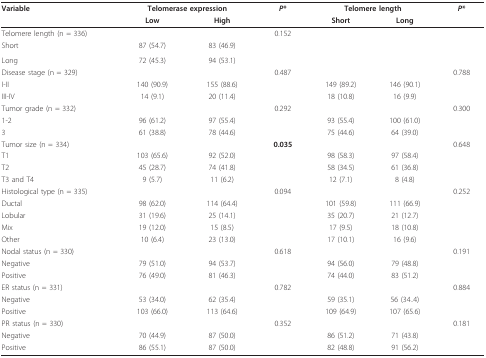
<table><thead><tr><td><b>Variable</b></td><td colspan="2"><b>Telomerase expression</b></td><td><b><i>P</i>*</b></td><td colspan="2"><b>Telomere length</b></td><td><b><i>P</i>*</b></td></tr><tr><td></td><td><b>Low</b></td><td><b>High</b></td><td></td><td><b>Short</b></td><td><b>Long</b></td><td></td></tr></thead><tbody><tr><td>Telomere length (n = 336)</td><td></td><td></td><td>0.152</td><td></td><td></td><td></td></tr><tr><td>Short</td><td>87 (54.7)</td><td>83 (46.9)</td><td></td><td></td><td></td><td></td></tr><tr><td>Long</td><td>72 (45.3)</td><td>94 (53.1)</td><td></td><td></td><td></td><td></td></tr><tr><td>Disease stage (n = 329)</td><td></td><td></td><td>0.487</td><td></td><td></td><td>0.788</td></tr><tr><td>I-II</td><td>140 (90.9)</td><td>155 (88.6)</td><td></td><td>149 (89.2)</td><td>146 (90.1)</td><td></td></tr><tr><td>III-IV</td><td>14 (9.1)</td><td>20 (11.4)</td><td></td><td>18 (10.8)</td><td>16 (9.9)</td><td></td></tr><tr><td>Tumor grade (n = 332)</td><td></td><td></td><td>0.292</td><td></td><td></td><td>0.300</td></tr><tr><td>1-2</td><td>96 (61.2)</td><td>97 (55.4)</td><td></td><td>93 (55.4)</td><td>100 (61.0)</td><td></td></tr><tr><td>3</td><td>61 (38.8)</td><td>78 (44.6)</td><td></td><td>75 (44.6)</td><td>64 (39.0)</td><td></td></tr><tr><td>Tumor size (n = 334)</td><td></td><td></td><td><b>0.035</b></td><td></td><td></td><td>0.648</td></tr><tr><td>T1</td><td>103 (65.6)</td><td>92 (52.0)</td><td></td><td>98 (58.3)</td><td>97 (58.4)</td><td></td></tr><tr><td>T2</td><td>45 (28.7)</td><td>74 (41.8)</td><td></td><td>58 (34.5)</td><td>61 (36.8)</td><td></td></tr><tr><td>T3 and T4</td><td>9 (5.7)</td><td>11 (6.2)</td><td></td><td>12 (7.1)</td><td>8 (4.8)</td><td></td></tr><tr><td>Histological type (n = 335)</td><td></td><td></td><td>0.094</td><td></td><td></td><td>0.252</td></tr><tr><td>Ductal</td><td>98 (62.0)</td><td>114 (64.4)</td><td></td><td>101 (59.8)</td><td>111 (66.9)</td><td></td></tr><tr><td>Lobular</td><td>31 (19.6)</td><td>25 (14.1)</td><td></td><td>35 (20.7)</td><td>21 (12.7)</td><td></td></tr><tr><td>Mix</td><td>19 (12.0)</td><td>15 (8.5)</td><td></td><td>17 (9.5)</td><td>18 (10.8)</td><td></td></tr><tr><td>Other</td><td>10 (6.4)</td><td>23 (13.0)</td><td></td><td>17 (10.1)</td><td>16 (9.6)</td><td></td></tr><tr><td>Nodal status (n = 330)</td><td></td><td></td><td>0.618</td><td></td><td></td><td>0.191</td></tr><tr><td>Negative</td><td>79 (51.0)</td><td>94 (53.7)</td><td></td><td>94 (56.0)</td><td>79 (48.8)</td><td></td></tr><tr><td>Positive</td><td>76 (49.0)</td><td>81 (46.3)</td><td></td><td>74 (44.0)</td><td>83 (51.2)</td><td></td></tr><tr><td>ER status (n = 331)</td><td></td><td></td><td>0.782</td><td></td><td></td><td>0.884</td></tr><tr><td>Negative</td><td>53 (34.0)</td><td>62 (35.4)</td><td></td><td>59 (35.1)</td><td>56 (34..4)</td><td></td></tr><tr><td>Positive</td><td>103 (66.0)</td><td>113 (64.6)</td><td></td><td>109 (64.9)</td><td>107 (65.6)</td><td></td></tr><tr><td>PR status (n = 330)</td><td></td><td></td><td>0.352</td><td></td><td></td><td>0.181</td></tr><tr><td>Negative</td><td>70 (44.9)</td><td>87 (50.0)</td><td></td><td>86 (51.2)</td><td>71 (43.8)</td><td></td></tr><tr><td>Positive</td><td>86 (55.1)</td><td>87 (50.0)</td><td></td><td>82 (48.8)</td><td>91 (56.2)</td><td></td></tr></tbody></table>